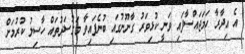
އެ އިދާރާ ހަމަޖައްސާފައި ވަނީ ކުޅިވަރު ގާނޫނުގައި ބުނެފައިވާ މަގުސަދުތައް ހާސިލު ކުރުމަށް